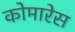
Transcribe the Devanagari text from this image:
कोमारेस